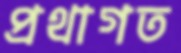
প্রথাগত